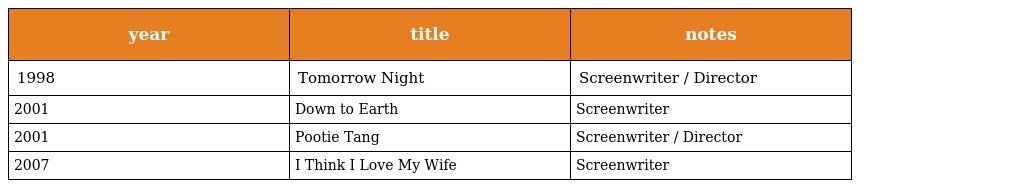
| year | title | notes |
 | --- | --- | --- |
 | 1998 | Tomorrow Night | Screenwriter / Director |
 | 2001 | Down to Earth | Screenwriter |
 | 2001 | Pootie Tang | Screenwriter / Director |
 | 2007 | I Think I Love My Wife | Screenwriter |